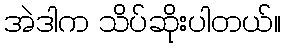
အဲဒါက သိပ်ဆိုးပါတယ်။